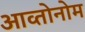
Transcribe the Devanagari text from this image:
आव्तोनोम